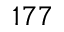
1 7 7